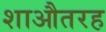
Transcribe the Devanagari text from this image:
शाऔतरह